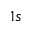
1 s